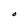
Character: D